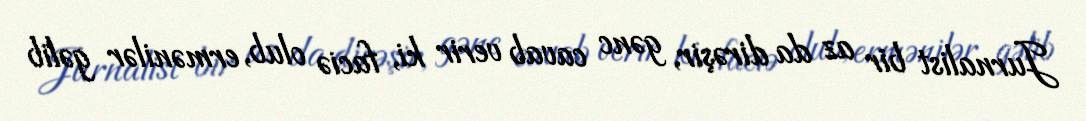
Jurnalist bir az da dirəşir, gənc cavab verir ki, faciə olub, ermənilər gəlib